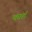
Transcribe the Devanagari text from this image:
काहैं